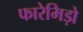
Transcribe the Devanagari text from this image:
फारेमिड़ो